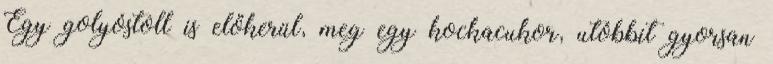
Egy golyóstoll is előkerül, meg egy kockacukor, utóbbit gyorsan